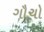
ગૌચો